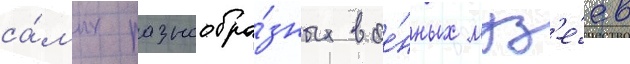
са́мых разнообра́зных вое́нных муз'е́ев